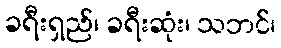
ခရီးရှည်၊ ခရီးဆုံး၊ သဘင်၊